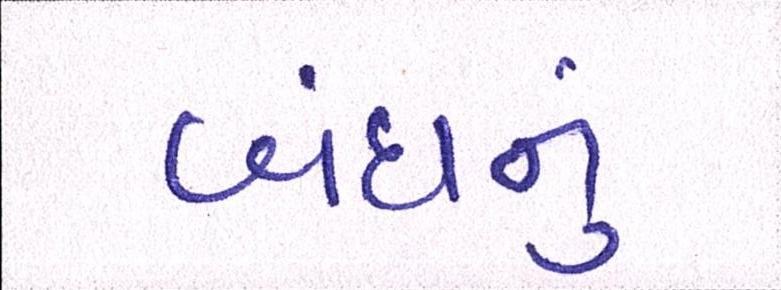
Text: બંધનું